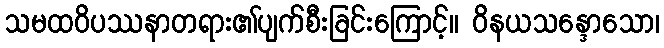
သမထဝိပဿနာတရား၏ပျက်စီးခြင်းကြောင့်။ ဝိနယသန္ဒောသော၊